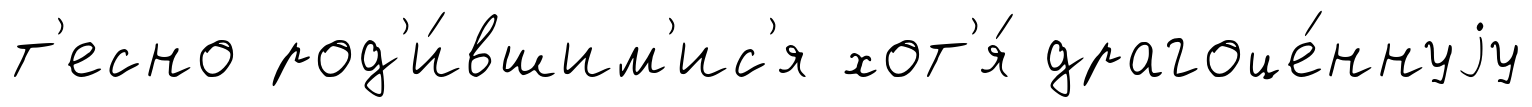
т'есно род'и́вшим'ис'я хот'я́ драгоце́ннуjу